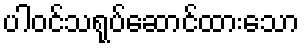
ပါဝင်သရုပ်ဆောင်ထားသော